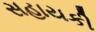
સહાયકી